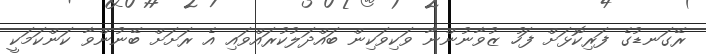
ރޭގަނޑުގެ ފަރިކޮޅަށް ފަހު ޒުވާނުންނާ ވަކިވަކިން ބައްދަލުކުރައްވައި އެ ރަށަށް ބޭނުންވާ ކަންކަމަކީ